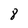
Character: 8